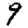
Digit: 9